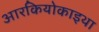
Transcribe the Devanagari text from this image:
आरकियोकाइथा